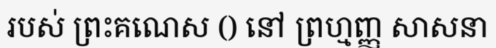
របស់ ព្រះគណេស () នៅ ព្រហ្មញ្ញ សាសនា